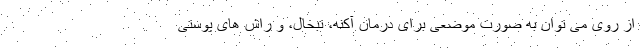
از روی می توان به صورت موضعی برای درمان آکنه، تبخال، و راش های پوستی